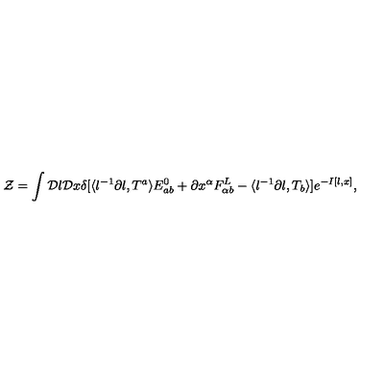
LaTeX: { \cal Z } = \int { \cal D } l { \cal D } x \delta [ \langle l ^ { - 1 } \partial l , T ^ { a } \rangle E _ { a b } ^ { 0 } + \partial x ^ { \alpha } F _ { \alpha b } ^ { L } - \langle l ^ { - 1 } \partial l , T _ { b } \rangle ] e ^ { - I [ l , x ] } ,